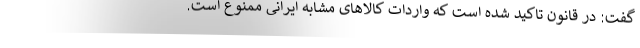
گفت: در قانون تاکید شده است که واردات کالاهای مشابه ایرانی ممنوع است.